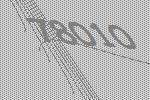
78010